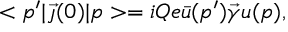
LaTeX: < p ^ { \prime } | \vec { \jmath } ( 0 ) | p > = i Q e \bar { u } ( p ^ { \prime } ) \vec { \gamma } u ( p ) ,